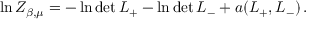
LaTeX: \ln Z _ { \beta , \mu } = - \ln \operatorname * { d e t } L _ { + } - \ln \operatorname * { d e t } L _ { - } + a ( L _ { + } , L _ { - } ) \, .